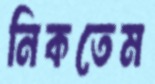
নিকতেম